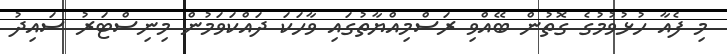
މި ފެއާ ހުޅުވުމުގެ ގޮތުން ބޭއްވި ރަސްމިއްޔާތުގައި ވާހަކަ ދައްކަވަމުން މިނިސްޓަރު ސައިދު